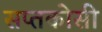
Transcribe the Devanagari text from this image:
सप्तकोसी